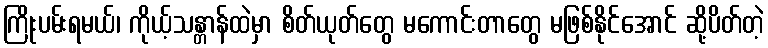
ကြိုးပမ်းရမယ်၊ ကိုယ့်သန္တာန်ထဲမှာ စိတ်ယုတ်တွေ မကောင်းတာတွေ မဖြစ်နိုင်အောင် ဆို့ပိတ်တဲ့